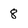
Character: 8